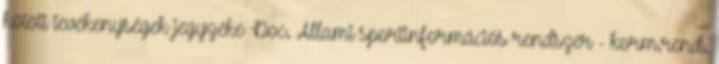
kötött tevékenységek jegyzéke Doc. Állami sportinformációs rendszer - korm.rend.